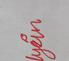
Signature authenticity: genuine